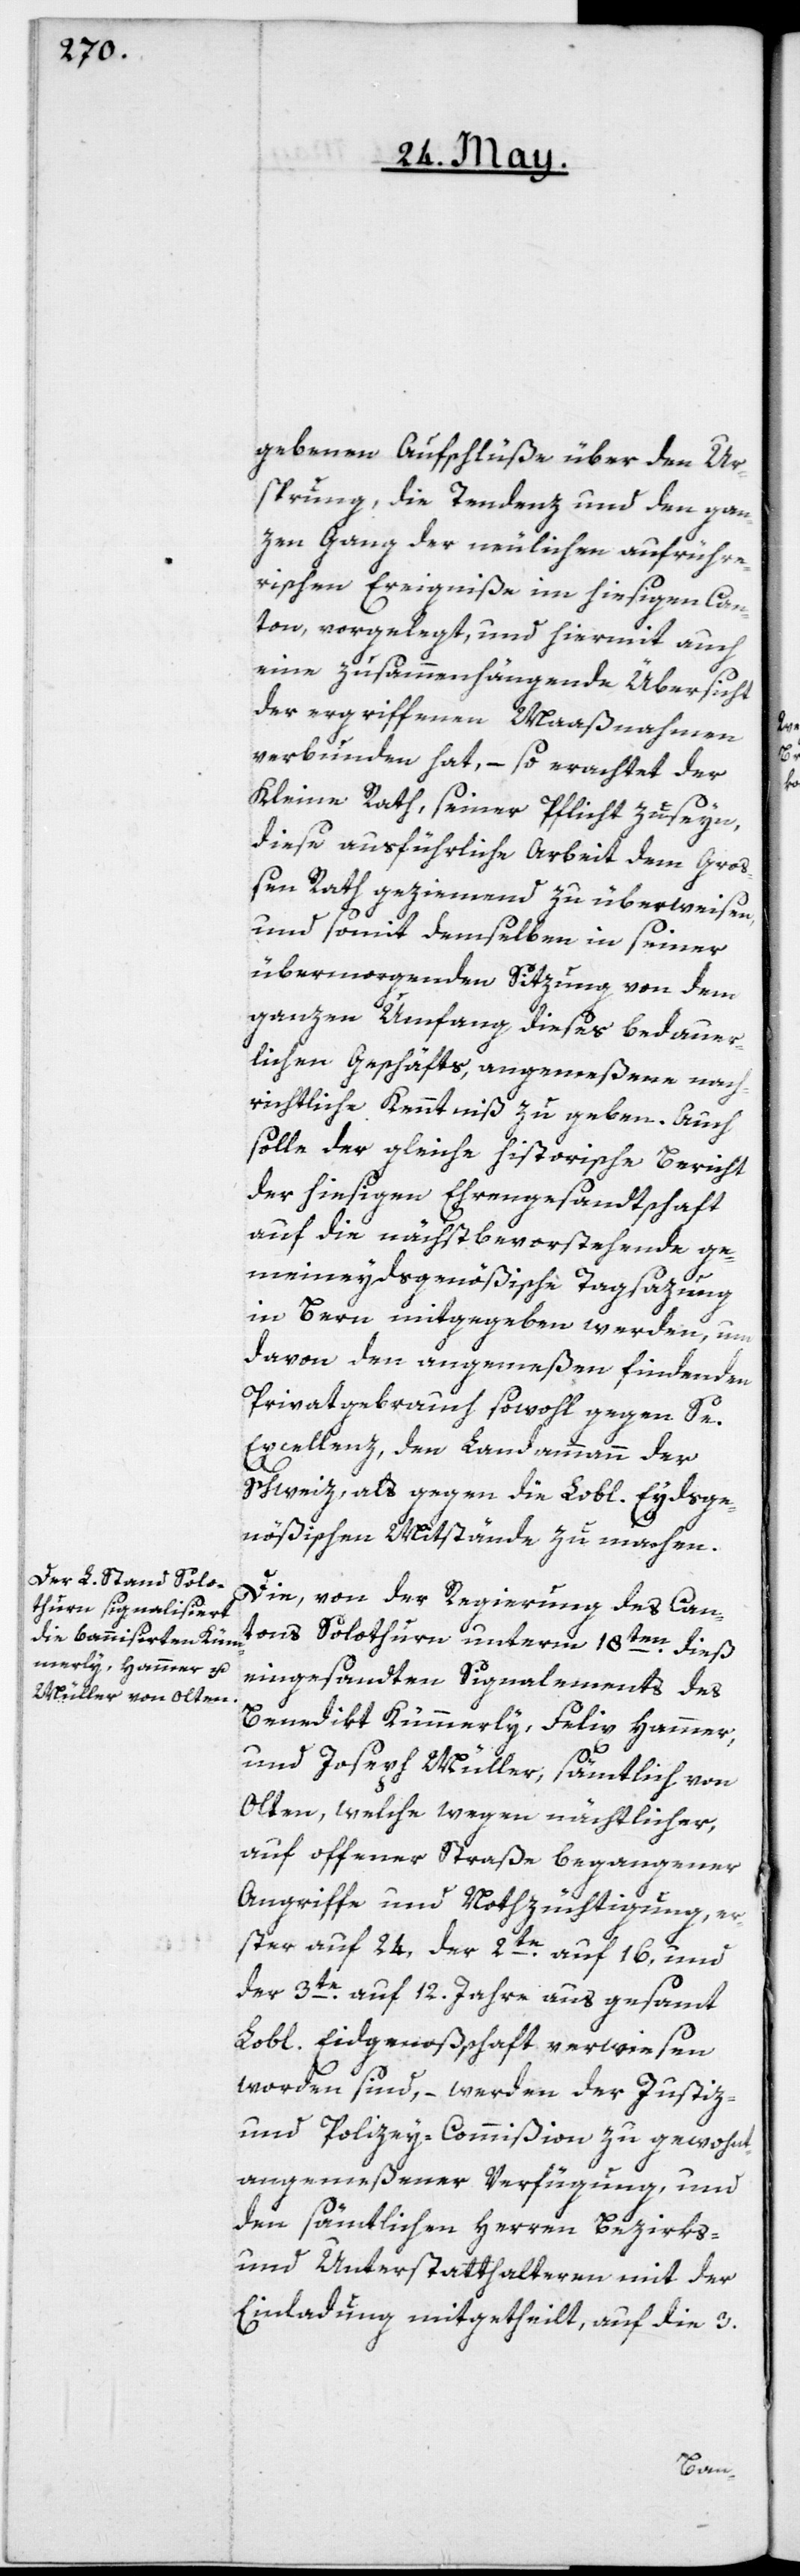
gebenen Aufschlüße über den Ur¬
sprung, die Tendenz und den gan¬
zen Gang der neulichen aufrühre¬
rischen Ereigniße im hiesigen Can¬
ton, vorgelegt, und hiermit auch
eine zusammenhängende Übersicht
der ergriffenen Maaßnahmen
verbunden hat, – so erachtet der
Kleine Rath, seiner Pflicht zu seyn,
diese ausführliche Arbeit dem Groß¬
en Rath geziemend zu überweisen,
und somit demselben in seiner
übermorgenden Sitzung von dem
ganzen Umfang dieses bedauer¬
lichen Geschäfts, angemeßene nach¬
richtliche Kenntniß zu geben. Auch
solle der gleiche historische Bericht
der hiesigen Ehrengesandtschaft
auf die nächst bevorstehende ge¬
meineydsgenößische Tagsazung
in Bern mitgegeben werden, um
davon den angemeßen findenden
Privatgebrauch sowohl gegen Se.
Excellenz, den Landammann der
Schweiz, als gegen die Lobl. Eydsge¬
nößischen Mitstände zu machen.
Die, von der Regierung des Can¬
tons Solothurn unterm 18ten dieß
eingesandten Signalements des
Benedikt Kümmerly, Felix Hammer,
und Joseph Müller, sämtlich von
Olten, welche wegen nächtlicher,
auf offener Straße begangener
Angriffe und Nothzüchtigung, er¬
ster auf 24, der 2te auf 16, und
der 3te auf 12. Jahre aus gesamt
Lobl. Eidgenoßschaft verwiesen
worden sind, – werden der Justiz-
und Polizey-Commißion zu gewohnt
angemeßener Verfügung, und
den sämtlichen Herren Bezirks-
und Unterstatthalteren mit der
Einladung mitgetheilt, auf die 3.